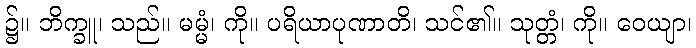
၌။ ဘိက္ခူ၊ သည်။ မမ္မံ၊ ကို။ ပရိယာပုဏာတိ၊ သင်၏။ သုတ္တံ၊ ကို။ ဝေယျာ၊